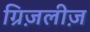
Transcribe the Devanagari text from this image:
ग्रिज़लीज़